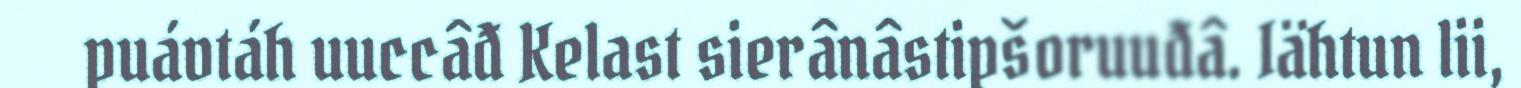
puávtáh uuccâđ Kelast sierânâstipšoruuđâ. Iähtun lii,